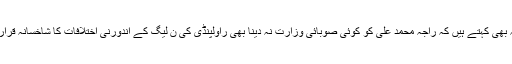
عوامی حلقے یہ بھی کہتے ہیں کہ راجہ محمد علی کو کوئی صوبائی وزارت نہ دینا بھی راولپنڈی کی ن لیگ کے اندورنی اختلافات کا شاخسانہ قرار دے رہے ہیں۔